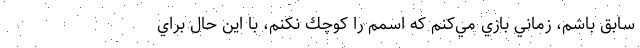
سابق باشم، زماني بازي مي‌كنم كه اسمم را كوچك نكنم، با اين حال براي